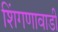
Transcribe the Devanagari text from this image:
शिंगणावाडी